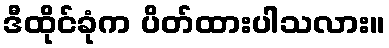
ဒီထိုင်ခုံက ပိတ်ထားပါသလား။